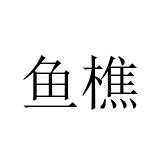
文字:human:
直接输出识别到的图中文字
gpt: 鱼樵